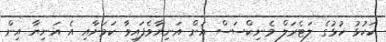
ކަކުޅު ހުޅުގެ ލަޓެރަލް މެނިކްސަސް އަށް އަނިޔާވެފައިވާ ކަމަށާއި އެ އަނިޔާ އިން